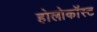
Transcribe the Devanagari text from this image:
होलोकॉस्‍ट